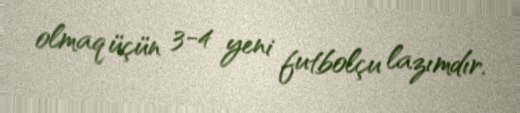
olmaq üçün 3-4 yeni futbolçu lazımdır.